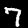
Label: 7